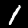
Digit: 1